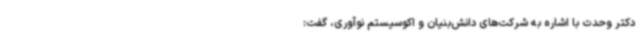
دکتر وحدت با اشاره به شرکت‌های دانش‌بنیان و اکوسیستم نوآوری، گفت: